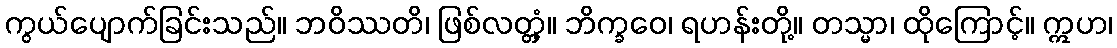
ကွယ်ပျောက်ခြင်းသည်။ ဘဝိဿတိ၊ ဖြစ်လတ္တံ့။ ဘိက္ခဝေ၊ ရဟန်းတို့။ တသ္မာ၊ ထိုကြောင့်။ ဣဟ၊